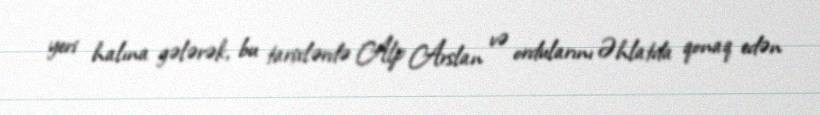
yeri halına gələrək, bu tarixlərdə Alp Arslan və ordularını Əhlatda qonaq edən